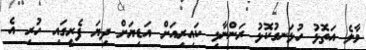
މާލެ އަތޮޅު ހުޅަނގުކޮޅު ރަންނާޅި ކައިރިއަށް އަޑިޔަށް ދިޔަ ފެރީގައި ހުރި އެ